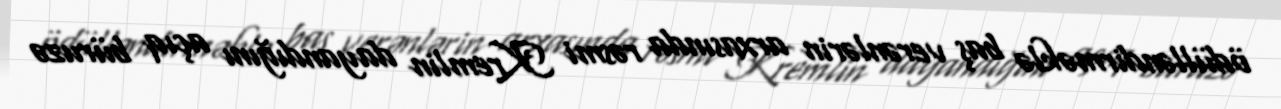
ödülləndirməklə baş verənlərin arxasında rəsmi Kremlin dayandığını açıq büruzə